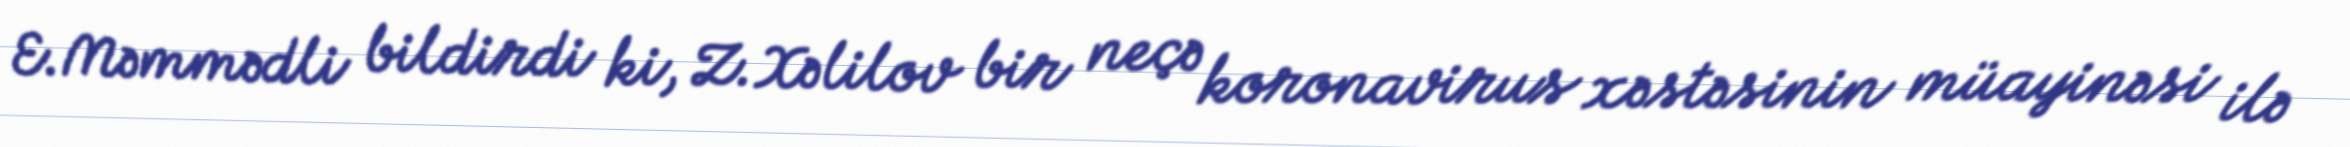
E.Məmmədli bildirdi ki, Z.Xəlilov bir neçə koronavirus xəstəsinin müayinəsi ilə